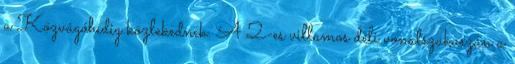
a Közvágóhídig közlekednek. A 2-es villamos déli vonalszakaszán a